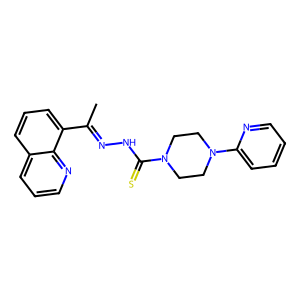
SMILES: CC(=NNC(=S)N1CCN(c2ccccn2)CC1)c1cccc2cccnc12
Inhibits HIV replication: No